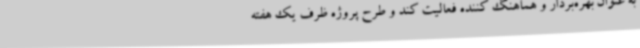
به عنوان بهره‌بردار و هماهنگ کننده فعالیت کند و طرح پروژه ظرف یک هفته